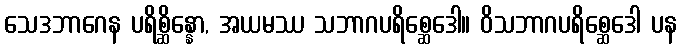
သေဒဘာဂေန ပရိစ္ဆိန္နော, အယမဿ သဘာဂပရိစ္ဆေဒေါ။ ဝိသဘာဂပရိစ္ဆေဒေါ ပန